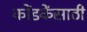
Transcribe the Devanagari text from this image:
कोंडकेंसाठी